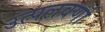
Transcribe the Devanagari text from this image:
उत्पलवर्णा